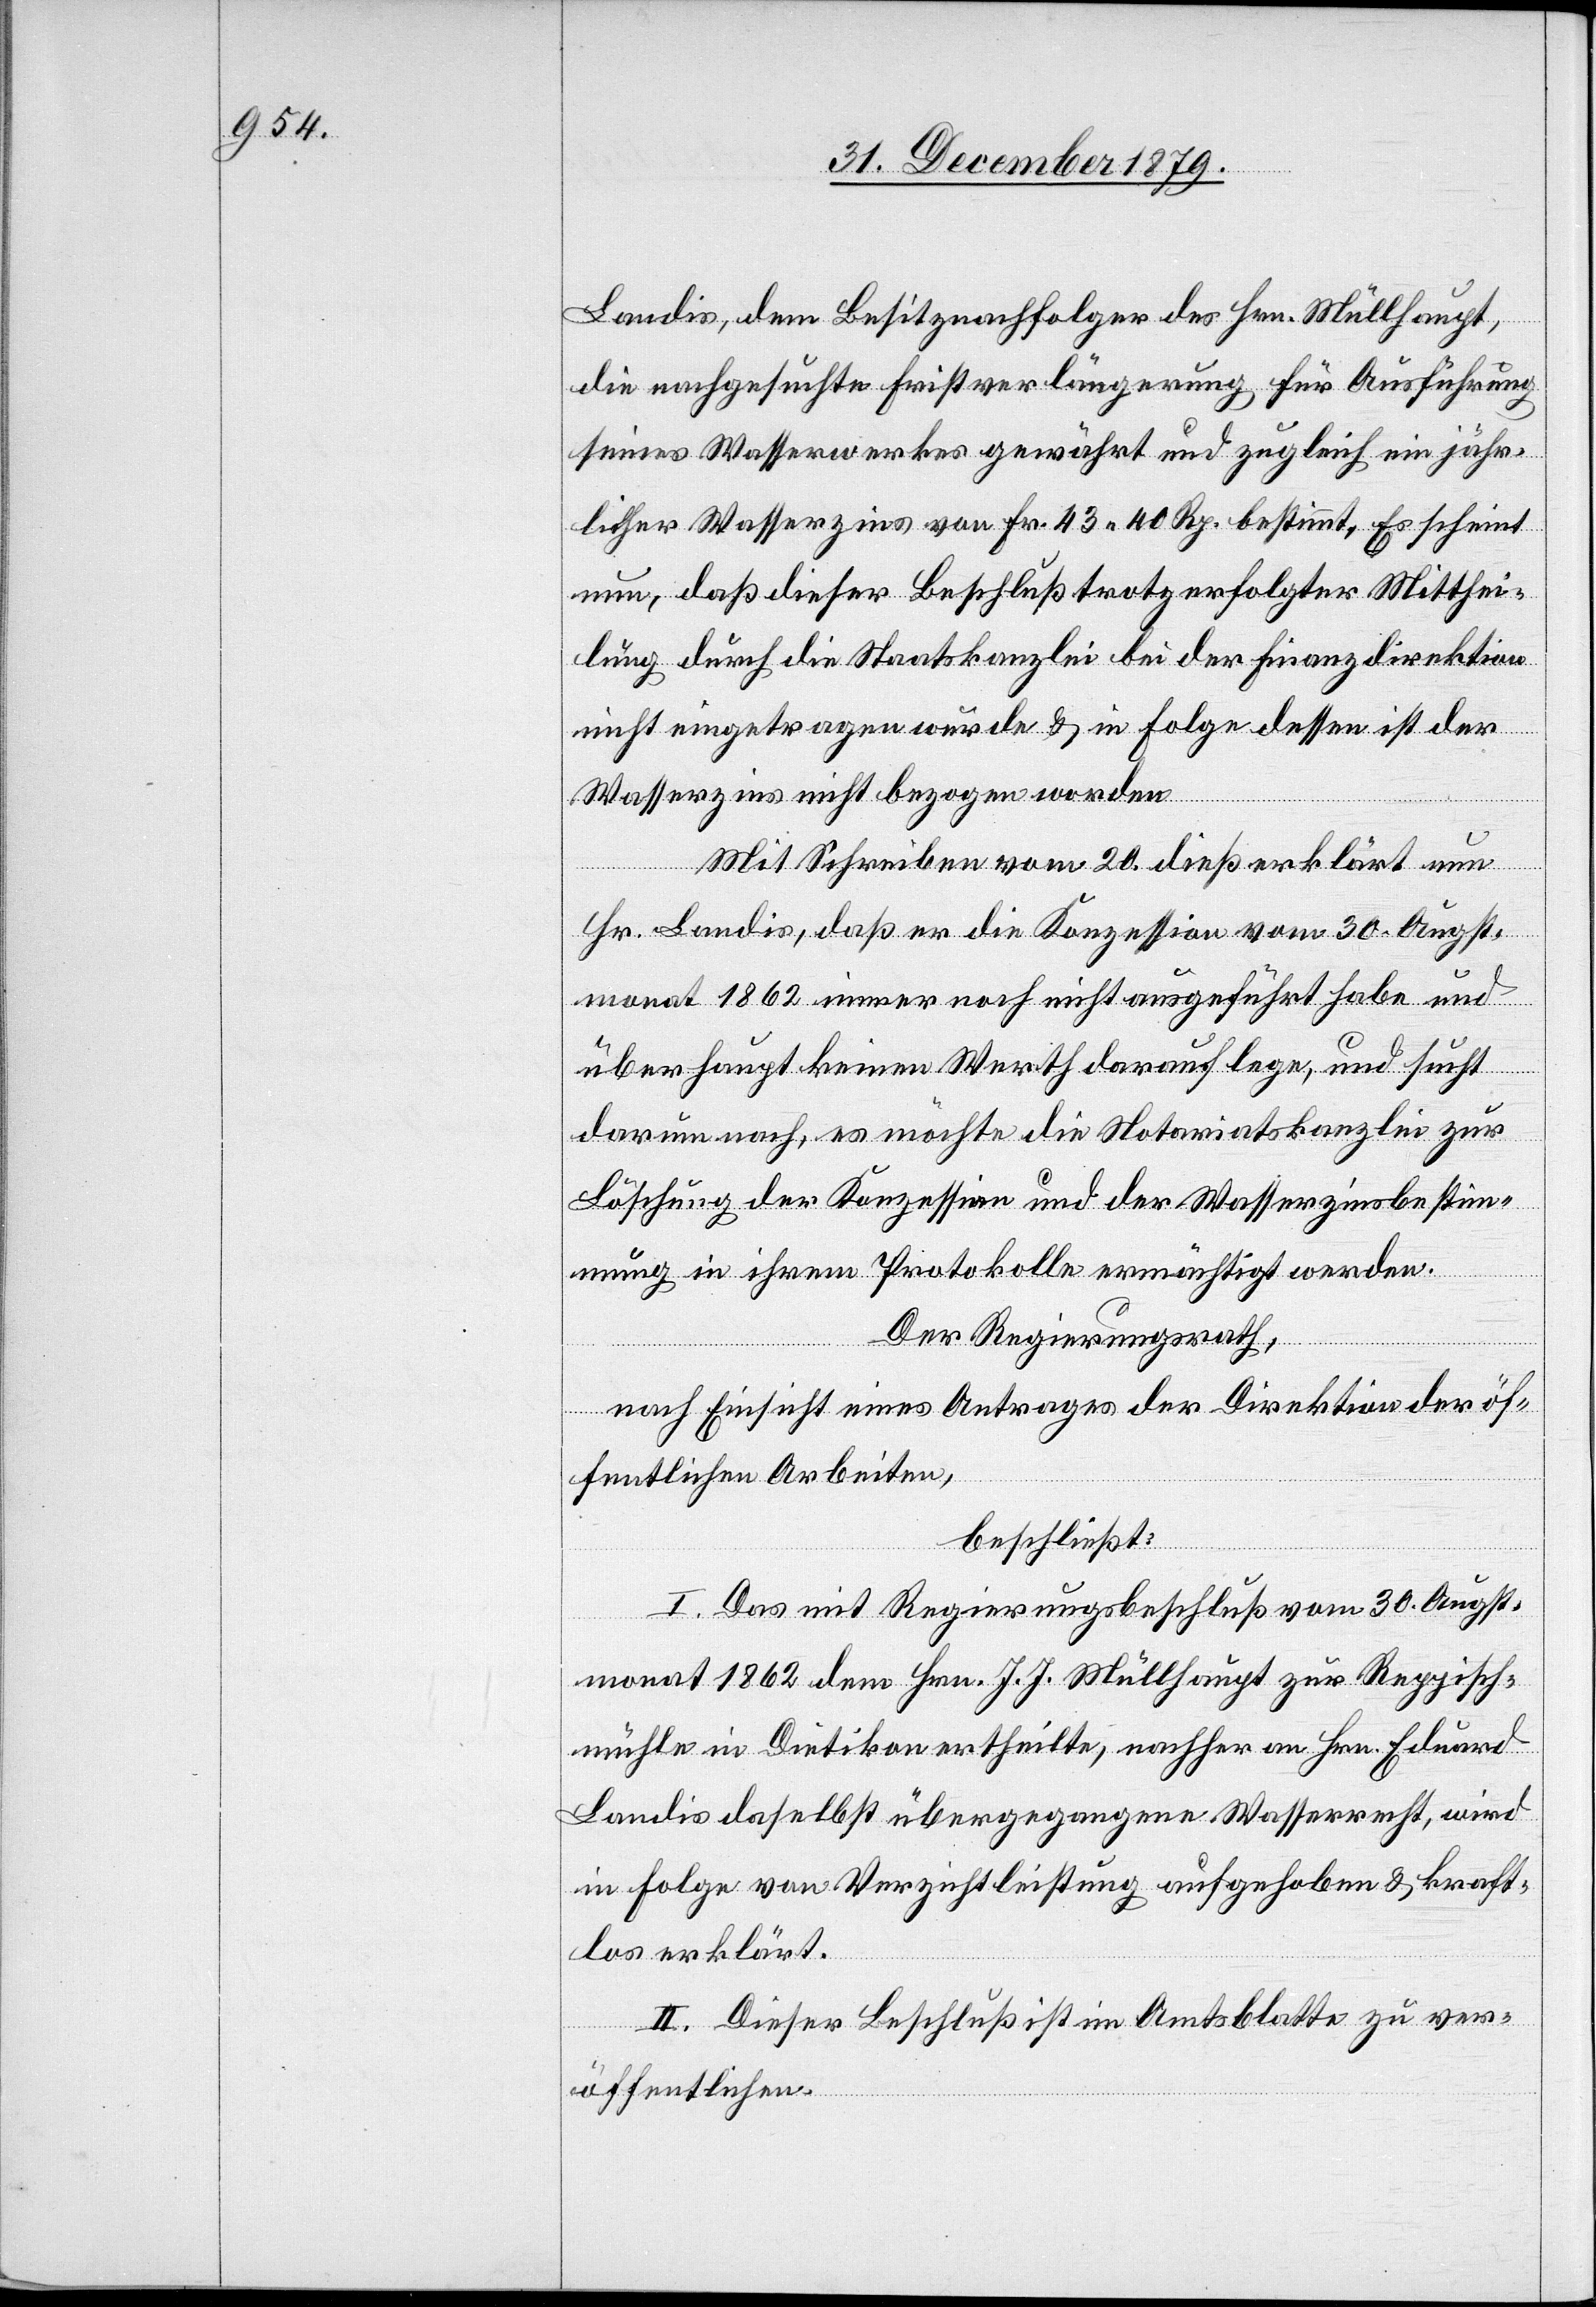
Landis, dem Besitznachfolger des Hrn. Müllhaupt,
die nachgesuchte Fristverlängerung für Auslieferung
seines Wasserwerkes gewährt und zugleich ein jähr¬
licher Wasserzins von Fr. 43 40 Rp. bestimmt. Es scheint
nun, daß dieser Beschluß trotz erfolgter Mitthei¬
lung durch die Staatskanzlei bei der Finanzdirektion
nicht eingetragen wurde & in Folge dessen ist der
Wasserzins nicht bezogen worden.
Mit Schreiben vom 20. dieß erklärt nun
Hr. Landis, daß er die Konzession vom 30. Augst¬
monat 1862 immer noch nicht ausgeführt habe und
überhaupt keinen Werth darauf lege, und sucht
darum nach, es möchte die Notariatskanzlei zur
Löschung der Konzession und der Wasserzinsbestimm¬
ung in ihrem Protokolle ermächtigt werden.
Der Regierungsrath,
nach Einsicht eines Antrages der Direktion der öf¬
fentlichen Arbeiten,
beschließt:
I. Das mit Regierungsbeschluß vom 30. Augst¬
monat 1862 dem Hrn. J. J. Müllhaupt zur Reppisch¬
mühle in Dietikon ertheilte, nachher an Hrn. Eduard
Landis daselbst übergegangene Wasserrecht, wird
in Folge von Verzichtleistung aufgehoben & kraft¬
los erklärt.
II. Dieser Beschluß ist im Amtsblatte zu ver¬
öffentlichen.